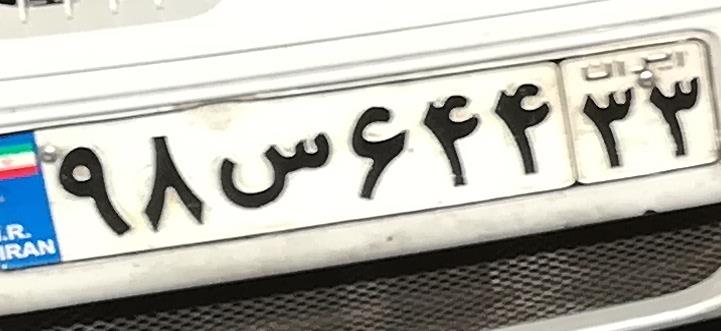
۹۸س۶۴۴۳۳